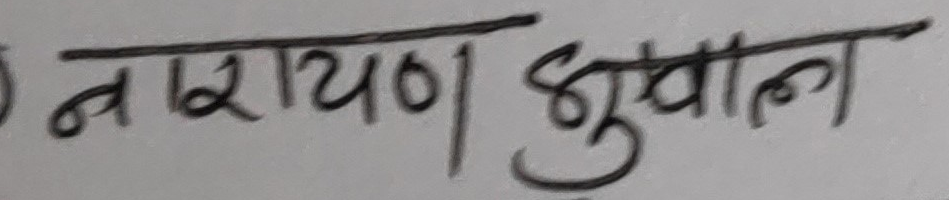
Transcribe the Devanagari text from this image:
नारायण भुसाल